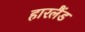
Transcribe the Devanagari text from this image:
हारलैंड